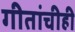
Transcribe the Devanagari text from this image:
गीतांचीही